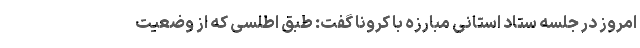
امروز در جلسه ستاد استانی مبارزه با کرونا گفت: طبق اطلسی که از وضعیت